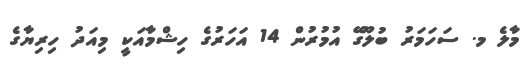
މާލެ މ. ސަހަމަރު ބުލޫގޭ އުމުރުން 14 އަހަރުގެ ހިޝްމާއަކީ މިއަދު ހިރިޔާގެ